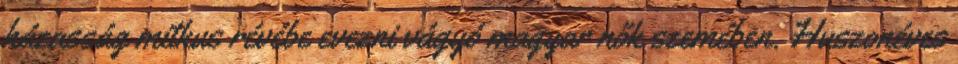
házasság mitkus révébe evezni vágyó magyar nők szemében. Huszonéves